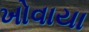
ખોવાયા